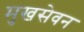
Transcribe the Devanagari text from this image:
मुखसेवन